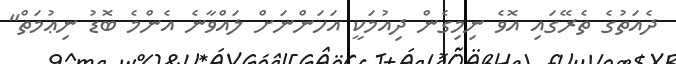
ދެއަތުގެ ތެރޭގައި އޮވެ ނިމިގެން ދިއުމަކީ އަހަންނަށް ލައްވާނެ އެންމެ ބޮޑު ނިޢުމަތް"